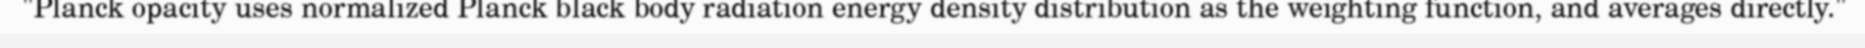
"Planck opacity uses normalized Planck black body radiation energy density distribution as the weighting function, and averages directly."